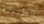
الطبيبة